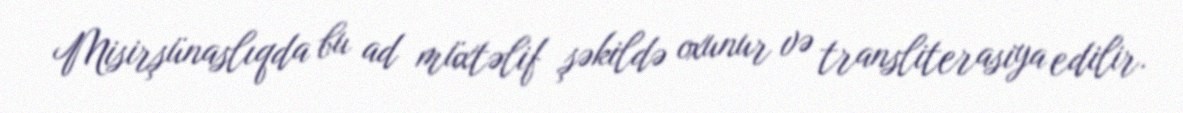
Misirşünaslıqda bu ad müxtəlif şəkildə oxunur və transliterasiya edilir.